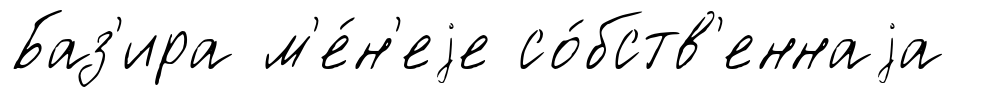
Баз'ира м'е́н'еjе со́бств'еннаjа